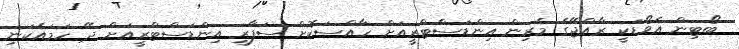
ބޯޓިން އެވޯޑަކީ ރާއްޖޭގެ މެރިން އިންޑަސްޓްރީއަށް ހާއްސަކޮށް ސަފާރީ އިންޑަސްޓްރީއަށް ދޭ ހަމައެކަނި